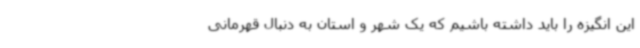
این انگیزه را باید داشته باشیم که یک شهر و استان به دنبال قهرمانی